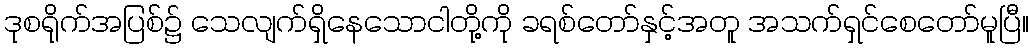
ဒုစရိုက်အပြစ်၌ သေလျက်ရှိနေသောငါတို့ကို ခရစ်တော်နှင့်အတူ အသက်ရှင်စေတော်မူပြီ။